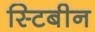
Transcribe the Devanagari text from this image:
स्टिबीन